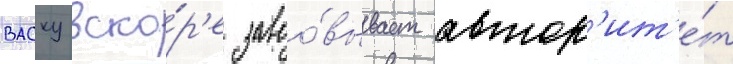
васку вско́р'е завоо́вывает автор'ит'е́т